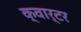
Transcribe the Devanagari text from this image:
क्‍वार्टर